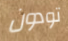
تودون